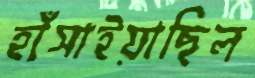
হাঁসাইয়াছিল